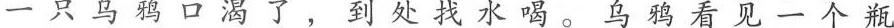
一只乌鸦口渴了，到处找水喝。乌鸦看见一个瓶